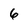
Character: 6